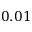
0 . 0 1